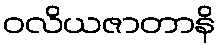
ဝလိယဇာတာနိ